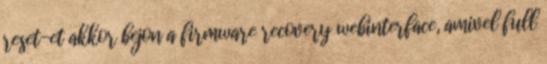
reset-et akkor bejon a firmware recovery webinterface, amivel full